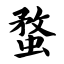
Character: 蝥